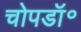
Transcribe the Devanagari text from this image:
चोपडॉ॰